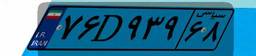
۷۶D۹۳۹۶۸